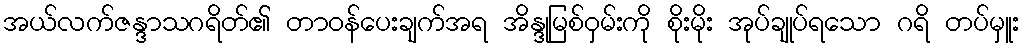
အယ်လက်ဇန္ဒာသဂရိတ်၏ တာဝန်ပေးချက်အရ အိန္ဒုမြစ်ဝှမ်းကို စိုးမိုး အုပ်ချုပ်ရသော ဂရိ တပ်မှူး